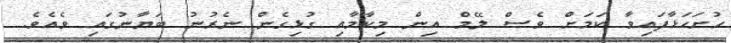
ހުށަހަޅާފައިވާ ކަމަށް ވެސް ލޭމް އިން މިކާމާއި ގުޅިގެން ނެރުނު ބަޔާނުގައި ވެއެވެ.